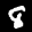
Label: 8